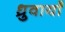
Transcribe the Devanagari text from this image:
ध्रुवायाँ